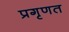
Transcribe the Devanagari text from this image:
प्रगृणत